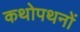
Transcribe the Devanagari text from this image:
कथोपथनों